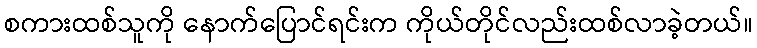
စကားထစ်သူကို နောက်ပြောင်ရင်းက ကိုယ်တိုင်လည်းထစ်လာခဲ့တယ်။